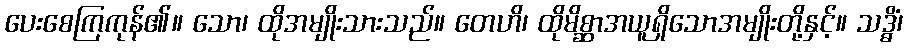
ပေးစေကြကုန်၏။ သော၊ ထိုအမျိုးသားသည်။ တေဟိ၊ ထိုမိစ္ဆာအယူရှိသောအမျိုးတို့နှင့်။ သဒ္ဓိံ၊